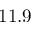
1 1 . 9